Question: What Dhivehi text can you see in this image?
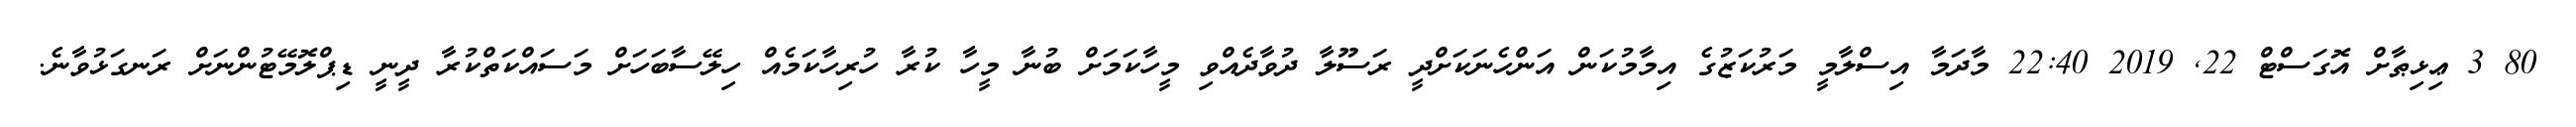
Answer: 80 3 ޢިޅިޠާށް އޮގަސްޓް 22, 2019 22:40 މާދަމާ އިސްލާމީ މަރުކަޒުގެ އިމާމުކަން އަންހެނަކަށްދީ ރަސޫލާ ދުވާދެއްވި މީހާކަމަށް ބުނާ މީހާ ކުރާ ހުރިހާކަމެއް ހިލޭސާބަހަށް މަސައްކަތްކުރާ ދީނީ ޑިޕްލޮމޭޓުންނަށް ރަނގަޅުވާނެ.